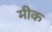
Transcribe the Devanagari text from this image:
मीक